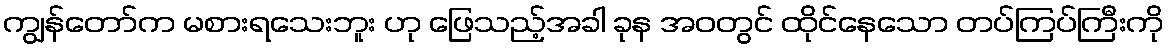
ကျွန်တော်က မစားရသေးဘူး ဟု ဖြေသည့်အခါ ခုန အဝတွင် ထိုင်နေသော တပ်ကြပ်ကြီးကို